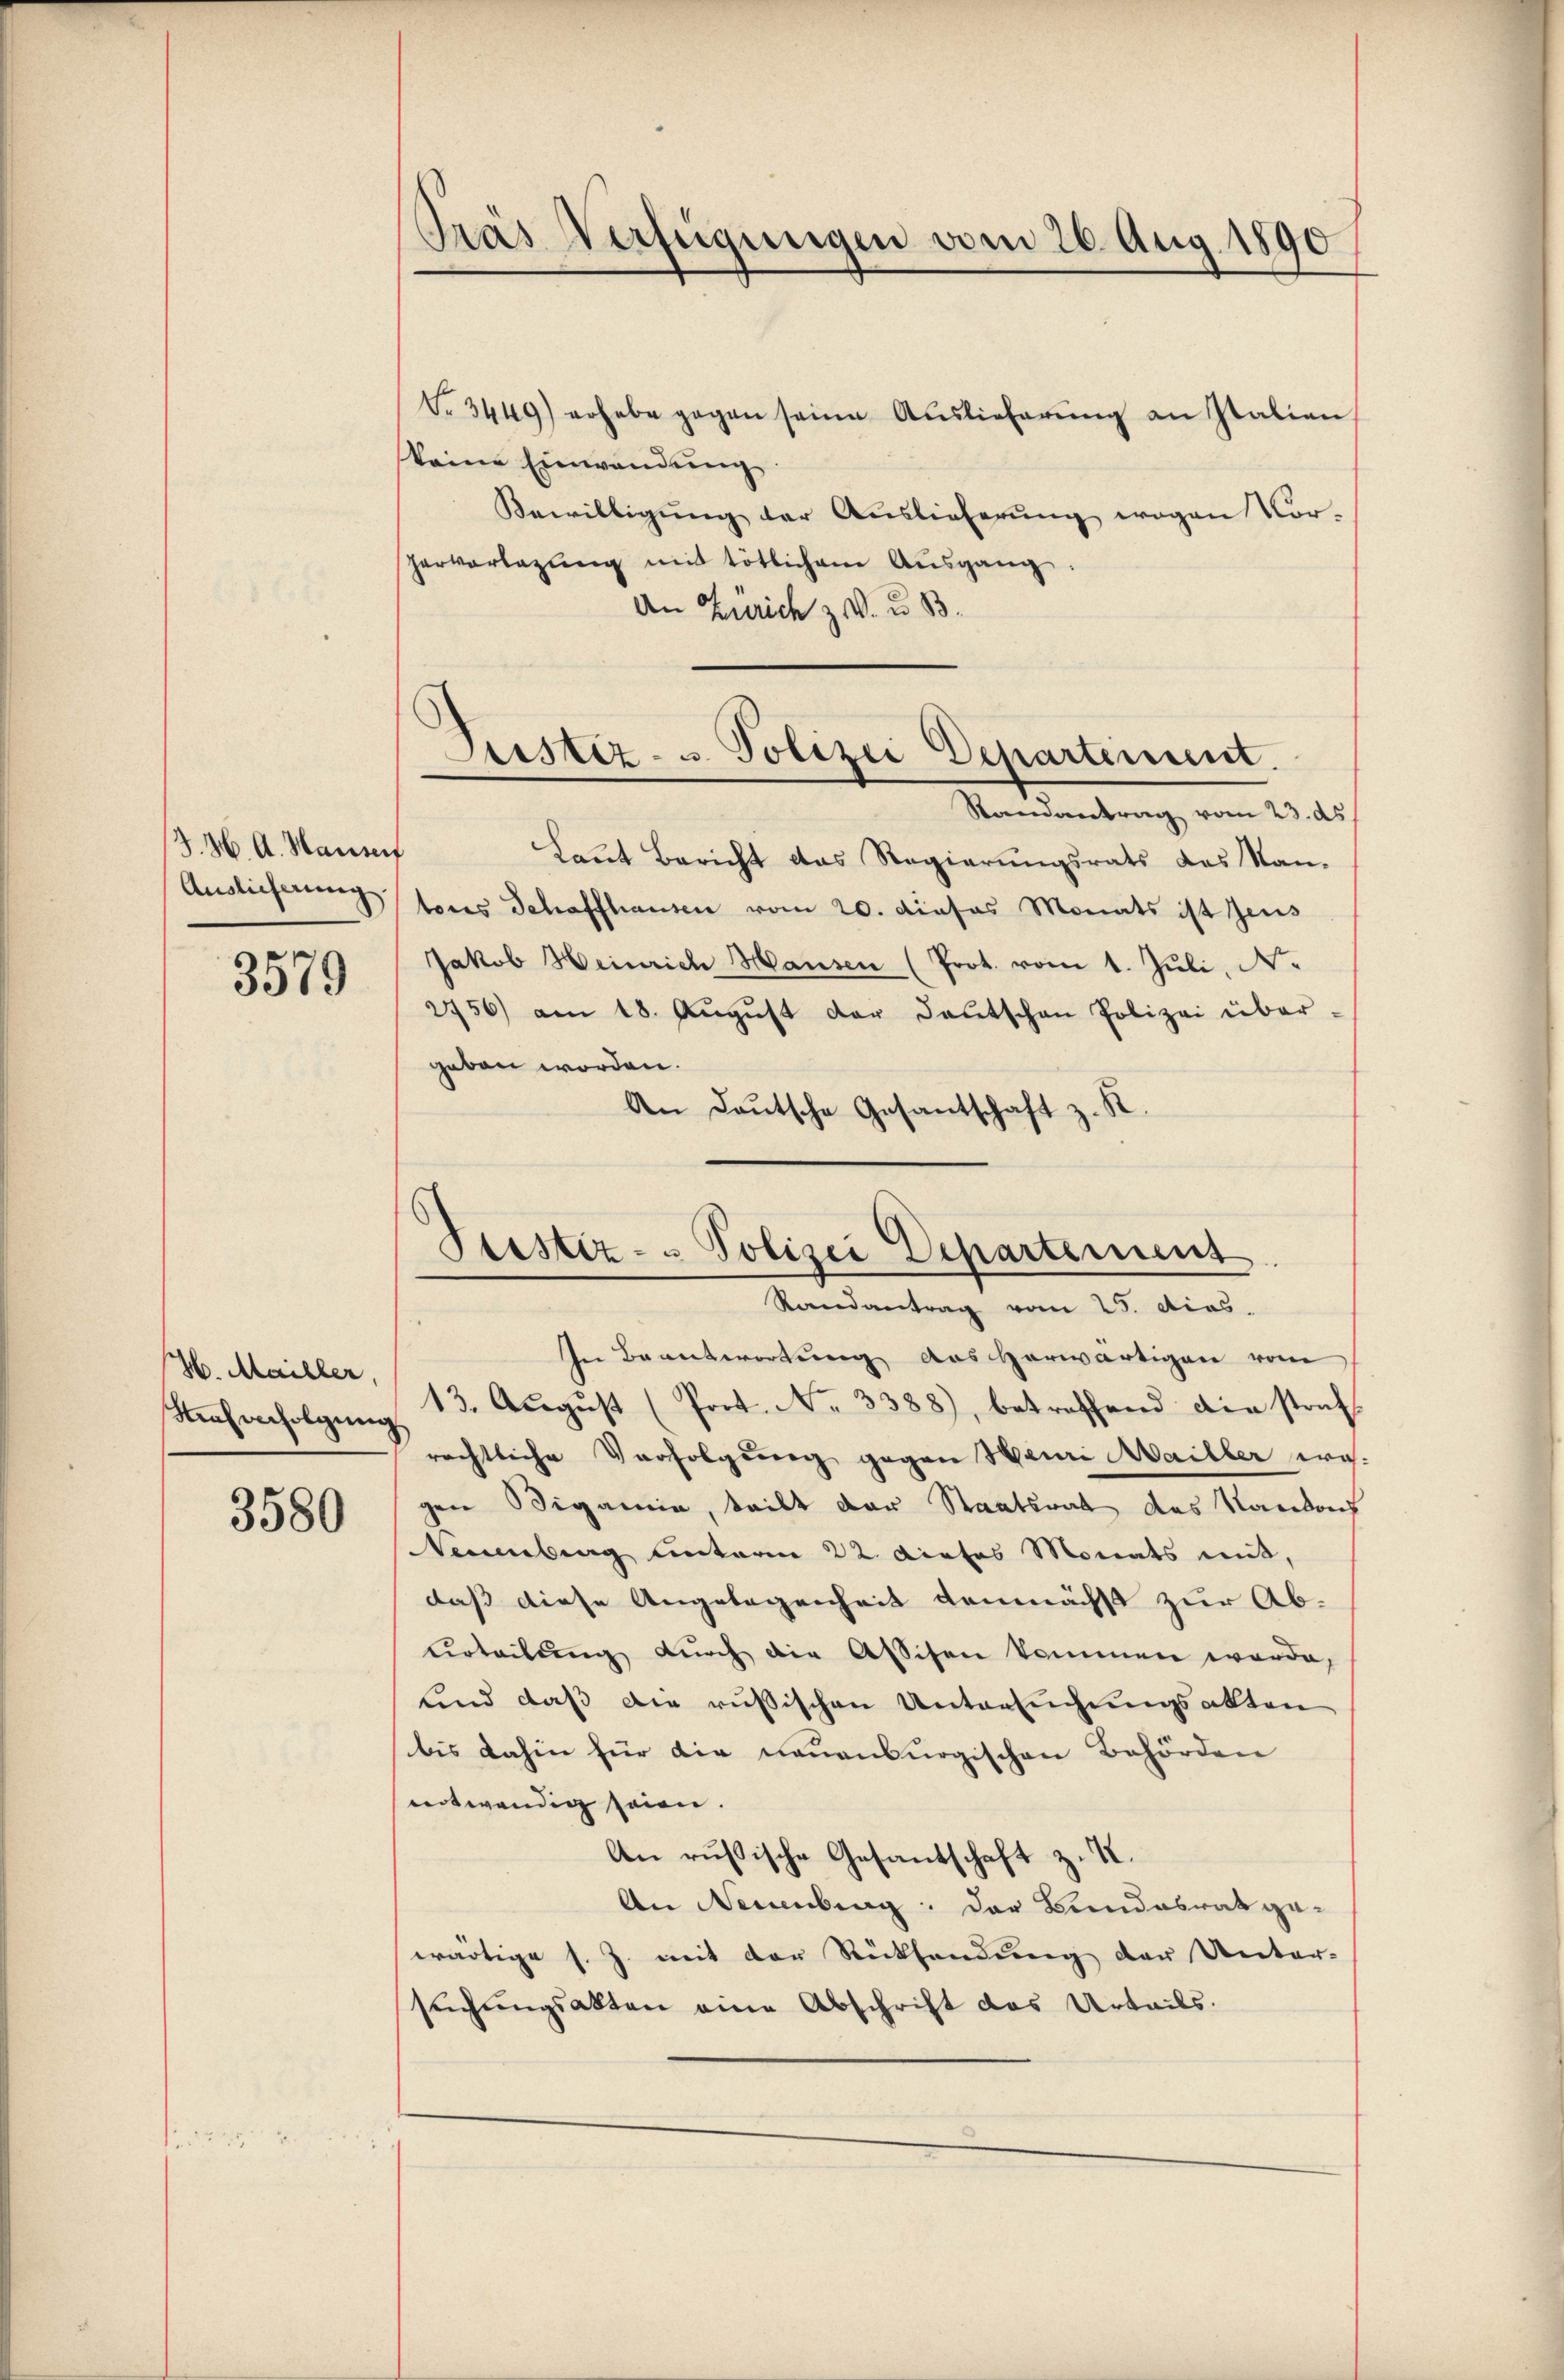
Z. M. A. Hausen
Auslieferung

3579

H. Mailler,
ensverfolgun

3580

Pras Verfügungen vom 26. Aug. 1890

Nr. 3449) erhabe gegen seine Auslieferŭng an Italien
keine Einwendung
Bewilligŭng der Auslieferŭng wegen Vor-
Hervorlegŭng mit tötlichem Ausgang:
An Zürich z. u 33.
Randantrag vom 23. ds
Laut Bericht das Regierungsrats des Nan-
tores Schaffhausen vom 20. dieses Monats ist jens
Jakob Heinrich Hausen (Prot. vom 1. Juli, N.
2756) am 18. Aŭgŭst der Deutschen Polizei über-
geben worden.
An Deutsche Gesantschaft z. R.
In Beantwortung aus herwärtigen vom
13. August (Port. No. 3388), betreffend die straf
rechtliche Verfolgung gegen Hauri Mailler wegen Sigamie, teilt der Staatsrat das Kantons
Neuenburg unterm 22. Dietes Monats mit,
daß diese Angelegenheit demnächst zur Ab-
Urteilung durch die Assisen kommen werde,
und daß die russischen Untersuchungsakten
bis dahin für die neuenburgischen Behörden
eotwendig seien.
An russische Gesantschaft z. K.
An Neuenburg: der Bundesrat gewärtige s. Z. mit der Rücksendung der Unter-
suchungsakten eine Abschrift des Urteils.

Sistiz- u Polizei Departement

Seestiz- & Polizei Departement
Randantrag vom 25. dies.